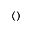
( )